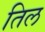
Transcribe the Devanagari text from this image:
तिल